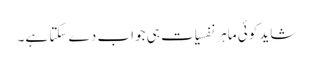
شاید کوئی ماہرِ نفسیات ہی جواب دے سکتا ہے۔